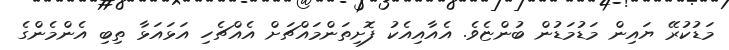
މަޑުކުރޭ ޔައިން މަޑުމަޑުން ބުންޏެވެ. އެއާއިއެކު ފޮށިތަންމައްޗަށް އެއްޗެހި އަޅައަޅާ ތިބި އެންމެންގެ